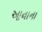
આનાના